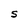
Character: S